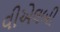
વીએલબી